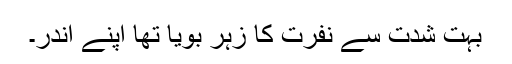
بہت شدت سے نفرت کا زہر بویا تھا اپنے اندر۔